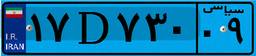
۳۳D۱۳۴۲۰